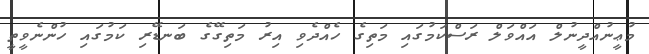
މުޢީނުއްދީނުލް އައްވަލް ރަސްކަމުގައި މަތިގެ ހެއްދެވި އިރު މަތިގޭގެ ބަނޑޭރި ކަމުގައި ހުންނެވީތީ